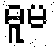
ဓူမ